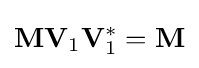
\mathbf {M} \mathbf {V} _{1}\mathbf {V} _{1}^{*}=\mathbf {M}